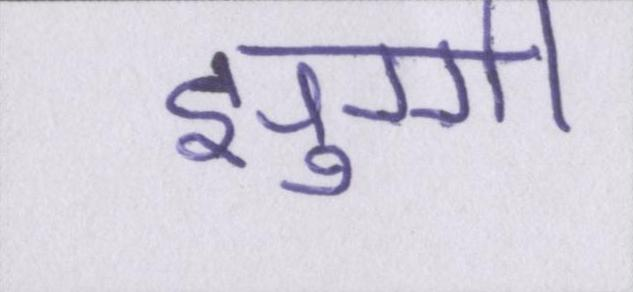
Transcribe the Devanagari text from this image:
झुग्गी